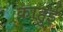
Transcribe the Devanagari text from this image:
काहुई